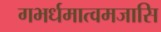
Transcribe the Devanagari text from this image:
गभर्धमात्वमजासि